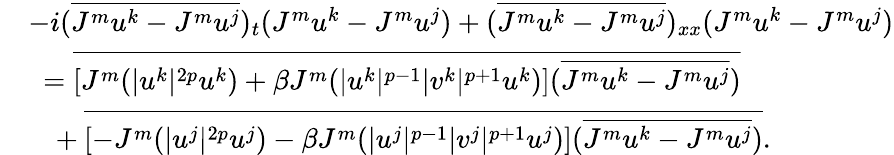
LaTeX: \begin{array}{rl}&{-i(\overline{{J^{m}u^{k}-J^{m}u^{j}}})_{t}(J^{m}u^{k}-J^{m}u^{j})+(\overline{{J^{m}u^{k}-J^{m}u^{j}}})_{xx}(J^{m}u^{k}-J^{m}u^{j})}\\ &{\ =\overline{{[J^{m}(|u^{k}|^{2p}u^{k})+\beta J^{m}(|u^{k}|^{p-1}|v^{k}|^{p+1}u^{k})](\overline{{J^{m}u^{k}-J^{m}u^{j}}})}}}\\ &{\ \ \ +\overline{{[-J^{m}(|u^{j}|^{2p}u^{j})-\beta J^{m}(|u^{j}|^{p-1}|v^{j}|^{p+1}u^{j})](\overline{{J^{m}u^{k}-J^{m}u^{j}}})}}.}\end{array}